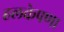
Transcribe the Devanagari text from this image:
हलकेपणा